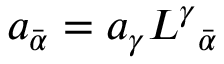
a _ { \bar { \alpha } } = a _ { \gamma } L ^ { \gamma } { } _ { \bar { \alpha } }